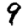
Digit: 9